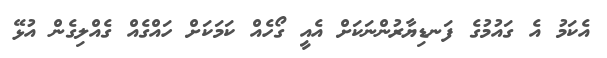
އެކަމު އެ ގައުމުގެ ފަނޑިޔާރުންނަކަށް އެއީ ގޯހެއް ކަމަކަށް ހައްގެއް ގެއްލިގެން އުޅޭ